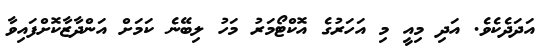
އަދަދެކެވެ. އަދި މިއީ މި އަހަރުގެ އޮކްޓޯމަރު މަހު ލިބޭނެ ކަމަށް އަންދާޒާކޮށްފައިވާ